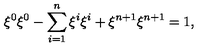
\xi ^ { 0 } \xi ^ { 0 } - \sum _ { i = 1 } ^ { n } \xi ^ { i } \xi ^ { i } + \xi ^ { n + 1 } \xi ^ { n + 1 } = 1 ,